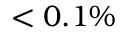
< 0 . 1 \%